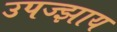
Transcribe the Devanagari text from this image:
उपज्झाय